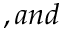
, a n d